Leaving Certificate Examination, 1922
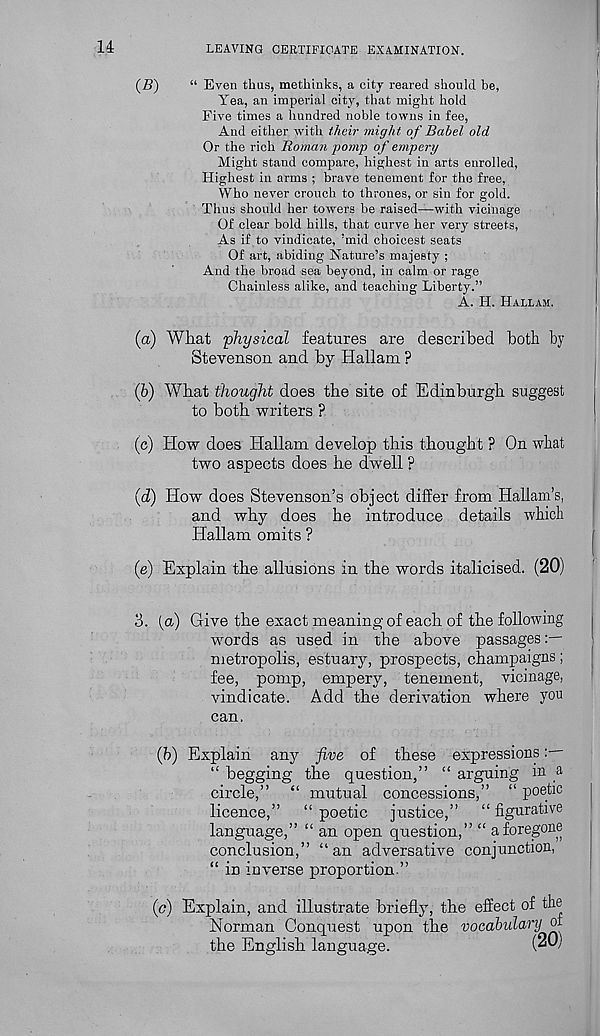
14
LEAVING CERTIFICATE EXAMINATION.
(B)
“ Even thus, methinks, a city reared should he,
Yea, an imperial city, that might hold
Five times a hundred noble towns in fee,
And either with their migh t of Babel old
Or the rich Roman pomp of empery
Might stand compare, highest in arts enrolled,
Highest in arms ; brave tenement for the free,
Who never crouch to thrones, or sin for gold.
Thus should her towers be raised—with vicinage
Of clear hold hills, that curve her very streets,
As if to vindicate, ’mid choicest seats
Of art, abiding Nature’s majesty ;
And the broad sea beyond, in calm or rage
Chainless alike, and teaching Liberty.”
A. H. HALL AM.
(а) What physical features are described both by
Stevenson and by Hallam ?
(б) What thought does the site of Edinburgh suggest
to both writers ?
(c) How does Hallam develop this thought ? On what
two aspects does he dwell ?
(d) How does Stevenson’s object differ from Hallam’s,
and why does he introduce details which
Hallam omits ?
(e) Explain the allusions in the words italicised. (20)
3. (a) Give the exact meaning of each of the following
words as used in the above passages:—
metropolis, estuary, prospects, champaigns;
fee, pomp, empery, tenement, vicinage,
vindicate. Add the derivation where you
can.
(h) Explain any five of these expressions
“ begging the question,” “ arguing in _a
circle,” “ mutual concessions,” “ poetic
licence,” “ poetic justice,” “ figurative
language,” “ an open question,” “ a foregone
conclusion,” “ an adversative conjunction,
“ in inverse proportion.”
(<?) Explain, and illustrate briefly, the effect of the
Norman Conquest upon the vocabidary oi
the English language.
(2H)